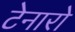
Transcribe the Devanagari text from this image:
टेनारो